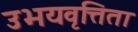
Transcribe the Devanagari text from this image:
उभयवृत्तिता